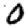
Digit: 0